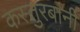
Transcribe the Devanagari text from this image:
कस्तुरबांनी